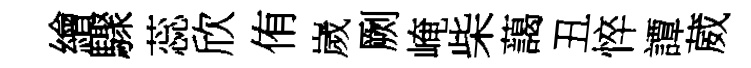
繪驟蕊欣侑嵗劂崦柴藹丑悴譚葳